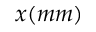
x ( m m )